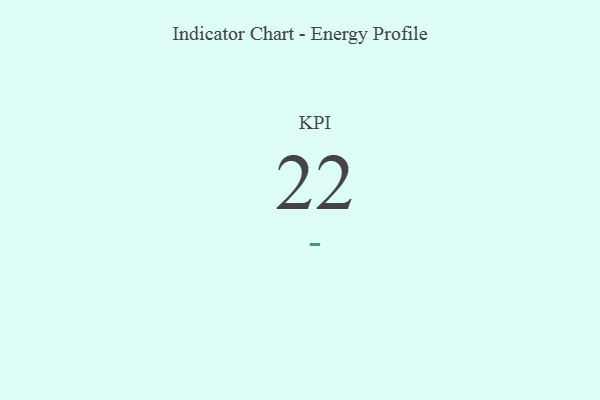
{"axis": {"x": "KPI", "y": "Value"}, "legend": [""], "data": [{"x": "KPI", "y": 22, "type": ""}]}